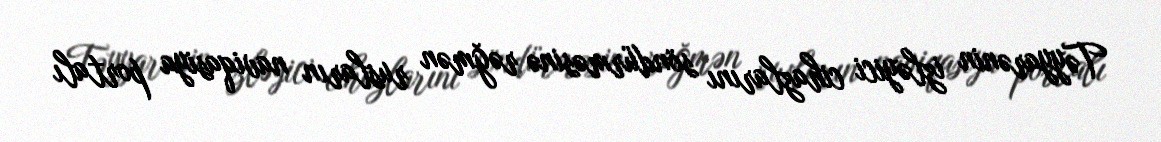
Təyyarənin izləyici cihazlarını söndürməsinə rəğmən rusların naviqasiya portalı